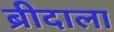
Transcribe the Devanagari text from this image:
ब्रीदाला